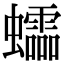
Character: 𧕅